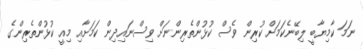
ނަމަ ކާމިޔާބީ ލިބޭނެކަމަށް ކުރިން ވެސް ކުޅުންތެރިންނަށް ވިސްނައިދިން ކަމަށާއި މިއީ ކުޅުންތެރިންގެ